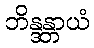
ဘိန္ဒန္တာယံ